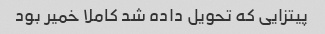
پیتزایی که تحویل داده شد کاملا خمیر بود